Medical and sanitary report of the native army of Madras for the year
Year: 1872
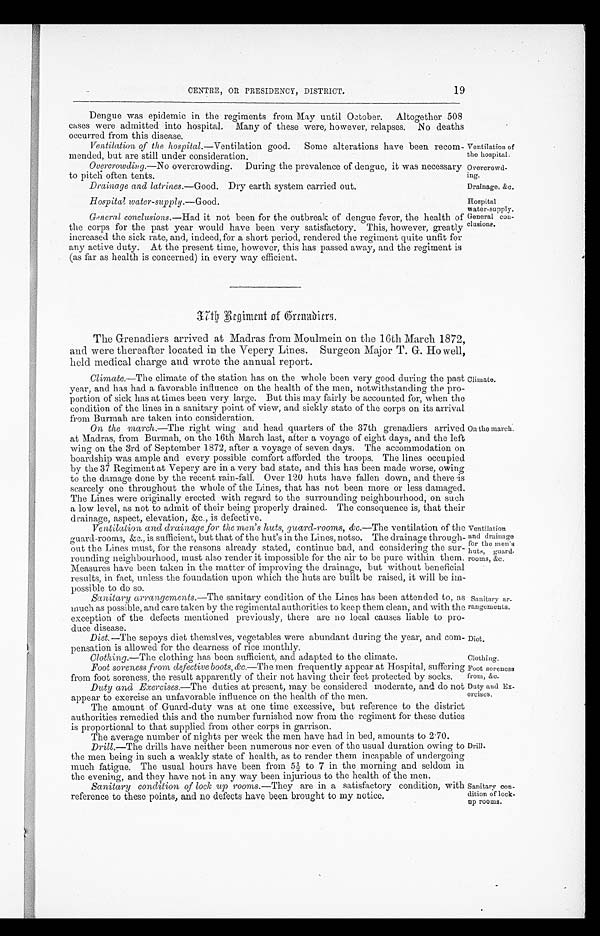
Ventilation of
the hospital.
Overcrowd
-ing.
Hospital
water-supply.
General con
-clusions.
Foot soreness
from, &c.
Duty and Ex
-ercises.
19
CENTRE, OR PRESIDENCY, DISTRICT.
Dengue was epidemic in the regiments from May until October. Altogether 508
cases were admitted into hospital. Many of these were, however, relapses. No deaths
occurred from this disease.
Ventilation of the hospital .—Ventilation good. Some alterations have been recom
-mended, but are still under consideration.
Overcrowding.— No overcrowding. During the prevalence of dengue, it was necessary
to pitch often tents.
Drainage and latrines.— Good . Dry earth system carried out.
Drainage, &c.
Hospital water-supply.— Good .
General conclusions.— Had it not been for the outbreak of dengue fever, the health of
the corps for the past year would have been very satisfactory. This, however, greatly
increased the sick rate, and, indeed, for a short period, rendered the regiment quite unfit for
any active duty. At the present time, however, this has passed away, and the regiment is
(as far as health is concerned) in every way efficient.
3 7 t h R e g i m e n t o f
G r e n a d i e r s
.
The Grenadiers arrived at Madras from Moulmein on the 16th March 1872,
and were thereafter located in the Vepery Lines. Surgeon Major T. G. Howell,
held medical charge and wrote the annual report.
Climate.—The climate of the station has on the whole been very good during the past
year, and has had a favorable influence on the health of the men, notwithstanding the pro
-portion of sick has at times been very large. But this may fairly be accounted for, when the
condition of the lines in a sanitary point of view, and sickly state of the corps on its arrival
from Burmah are taken into consideration.
On the march .—The right wing and head quarters of the 37th grenadiers arrived
at Madras, from Burmah, on the 16th March last, after a voyage of eight days, and the left
wing on the 3rd of September 1872, after a voyage of seven days. The accommodation on
boardship was ample and every possible comfort afforded the troops. The lines occupied
by the 37 Regiment at Vepery are in a very bad state, and this has been made worse, owing
to the damage done by the recent rain-fall. Over 120 huts have fallen down, and there is
scarcely one throughout the whole of the Lines, that has not been more or less damaged.
The Lines were originally erected with regard to the surrounding neighbourhood, on such
a low level, as not to admit of their being properly drained. The consequence is, that their
drainage, aspect, elevation, &c., is defective.
Ventilation and drainage for the men's huts, guard-rooms, &c.— The ventilation of the
guard-rooms, &c., is sufficient, but that of the hut's in the Lines, notso. The drainage through
-out the Lines must, for the reasons already stated, continue bad, and considering the sur
-rounding neighbourhood, must also render it impossible for the air to be pure within them.
Measures have been taken in the matter of improving the drainage, but without beneficial
results, in fact, unless the foundation upon which the huts are built be raised, it will be im
-possible to do so.
Sanitary arrangements .—The sanitary condition of the Lines has been attended to, as
much as possible, and care taken by the regimental authorities to keep them clean, and with the
exception of the defects mentioned previously, there are no local causes liable to pro
-duce disease.
Diet.—The sepoys diet themslves, vegetables were abundant during the year, and com
-pensation is allowed for the dearness of rice monthly.
Climate.
On the march.
Ventilation
and drainage
for the men's
huts, guard.
rooms, &c.
Sanitary a
r-rangements.
Diet.
Clothing.—The clothing has been sufficient, and adapted to the climate.
Clothing.
Foot soreness from defective boots, &c.—The men frequently appear at Hospital, suffering
from foot soreness the result apparently of their not having their feet protected by socks.
Duty and Exercises.—The duties at present, may be considered moderate, and do not
appear to exercise an unfavorable influence on the health of the men.
The amount of Guard-duty was at one time excessive, but reference to the district
authorities remedied this and the number furnished now from the regiment for these duties
is proportional to that supplied from other corps in garrison.
The average number of nights per week the men have had in bed, amounts to 2.70.
Drill.—The drills have neither been numerous nor even of the usual duration owing to
the men being in such a weakly state of health, as to render them incapable of undergoing
much fatigue. The usual hours have been from 5½ to 7 in the morning and seldom in
the evening, and they have not in any way been injurious to the health of the men.
Sanitary condition of lock up rooms.—They are in a satisfactory condition, with
reference to these points, and no defects have been brought to my notice.
Drill.
Sanitary con
- d i t i o n o f l o c k .
up rooms.